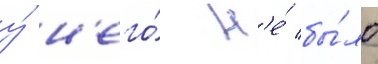
у́ н'его́ н'е́ бы́ло